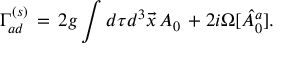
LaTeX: \Gamma _ { a d } ^ { ( s ) } \, = \, 2 g \int d \tau d ^ { 3 } { \vec { x } } \, A _ { 0 } \, + 2 i \Omega [ { \hat { A } } _ { 0 } ^ { a } ] .